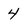
Character: 4